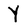
Character: Y